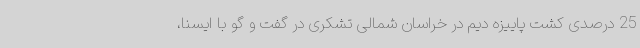
25 درصدی کشت پاییزه دیم در خراسان شمالی تشکری در گفت و گو با ایسنا،